Indian journal of veterinary science and animal husbandry - Volume 14,
Year: 1944
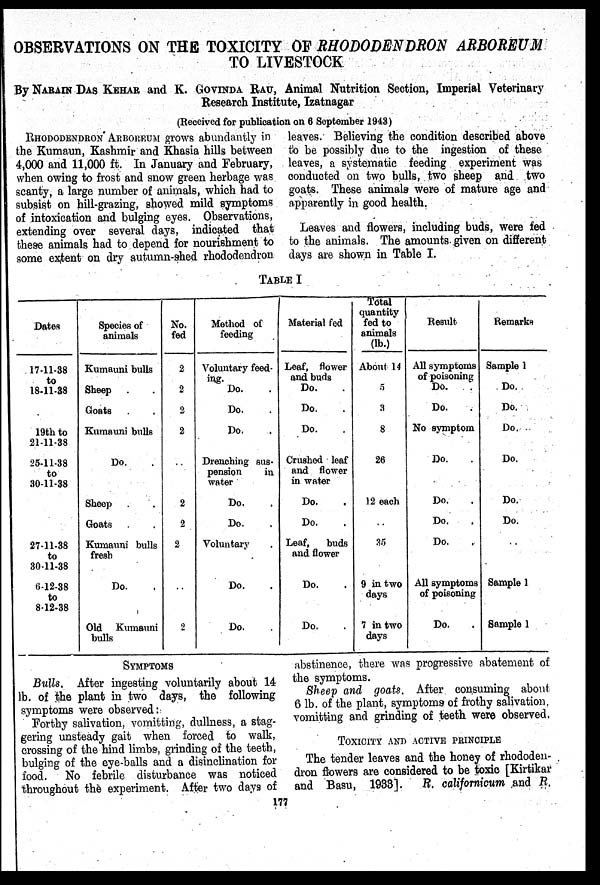
OBSERVATIONS ON THE TOXICITY OF RHODODENDRON ARBOREUM
TO LIVESTOCK
By NARAIN DAS KEHAR and K. GOVINDA RAU, Animal Nutrition Section, Imperial Veterinary
Research Institute, Izatnagar
(Received for publication on 6 September 1943)
RHODODENDRON ARBOREUM grows abundantly in
the Kumaun, Kashmir and Khasia hills between
4,000 and 11,000 ft. In January and February,
when owing to frost and snow green herbage was
scanty, a large number of animals, which had to
subsist on hill-grazing, showed mild symptoms
of intoxication and bulging eyes. Observations,
extending over several days, indicated that
these animals had to depend for nourishment to
some extent on dry autumn-shed rhododendron
leaves. Believing the condition described above
to be possibly due to the ingestion of these
leaves, a systematic feeding experiment was
conducted on two bulls, two sheep and two
goats. These animals were of mature age and
apparently in good health.
Leaves and flowers, including buds, were fed
to the animals. The amounts given on different
days are shown in Table I.
TABLE I
Dates
17-11-38
to
18-11-38
19th to
21-11-38
25-11-38
to
30-11-38
27-11-38
to
30-11-38
6-12-38
to
8-12-38
Species of
animals
Kumauni bulls
Sheep . .
Goats . .
Kumauni bulls
Do.
Sheep . .
Goats . .
Kumauni bulls
fresh
Do.
Old Kumauni
bulls
No.
fed
2
2
2
2
..
2
2
2
..
2
Method of
feeding
Voluntary feed-
ing.
Do. .
Do. .
Do. .
Drenching sus-
pension
in
water
Do. .
Do. .
Voluntary .
Do. .
Do. .
Material fed
Leaf, flower
and buds
Do. .
Do. .
Do. .
Crushed leaf
and flower
in water
Do. .
Do. .
Leaf,
buds
and flower
Do. .
Do. .
Total
quantity
fed to
animals
(lb.)
About 14
5
3
8
26
12 each
..
35
9 in two
days
7 in two
days
Result
All symptoms
of poisoning
Do. .
Do.
.
No symptom
Do.
Do. .
Do. .
Do. .
All symptoms
of poisoning
Do. .
Remarks
Sample 1
Do.
Do.
Do.
Do.
Do.
Do.
..
Sample 1
Sample 1
SYMPTOMS
Bulls. After ingesting voluntarily about 14
lb. of the plant in two days, the following
symptoms were observed:
Forthy salivation, vomitting, dullness, a stag-
gering unsteady gait when forced to walk,
crossing of the hind limbs, grinding of the teeth,
bulging of the eye-balls and a disinclination for
food. No febrile disturbance was noticed
throughout the experiment. After two days of
abstinence, there was progressive abatement of
the symptoms.
Sheep and goats. After consuming about
6 lb. of the plant, symptoms of frothy salivation,
vomitting and grinding of teeth were observed.
TOXICITY AND ACTIVE PRINCIPLE
The tender leaves and the honey of rhododen-
dron flowers are considered to be toxic [Kirtikar
and Basu, 1933]. R. californicum and R.
177